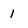
Character: 1